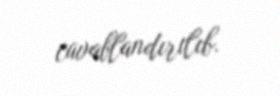
cavablandırılıb.